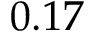
0 . 1 7